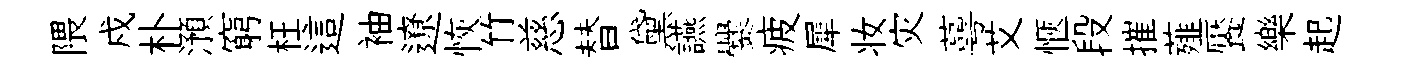
隈戍朴澦窮枉這袖遼恢竹慈替黛讌爨疲犀妆灾蕚艾愜段摧薤饜樂起